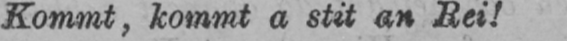
Kommt, kommt a stit an Rei!